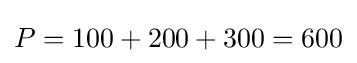
P=100+200+300=600